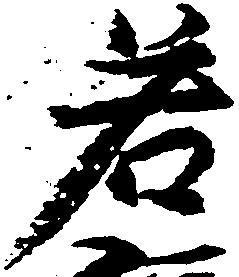
若